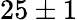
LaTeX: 25\pm 1